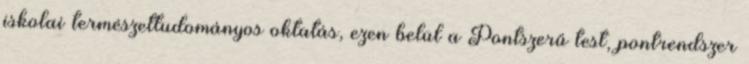
iskolai természettudományos oktatás, ezen belül a Pontszerű test, pontrendszer